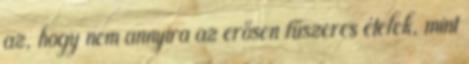
az, hogy nem annyira az erősen fűszeres ételek, mint